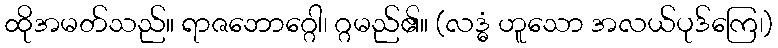
ထိုအမတ်သည်။ ရာဇဘောဂ္ဂေါ၊ ဂ္ဂမည်၏။ (လဒ္ဓံ ဟူသော အလယ်ပုဒ်ကြေ၊)